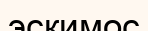
эскимос